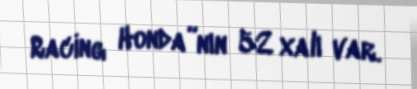
Racing Honda”nın 52 xalı var.